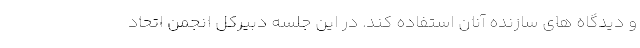
و دیدگاه های سازنده آنان استفاده کند. در این جلسه دبیرکل انجمن اتحاد